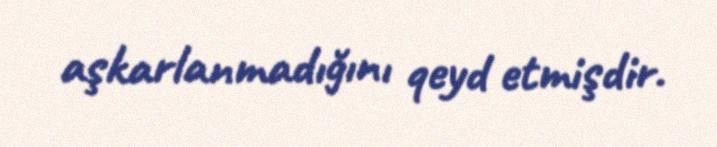
aşkarlanmadığını qeyd etmişdir.